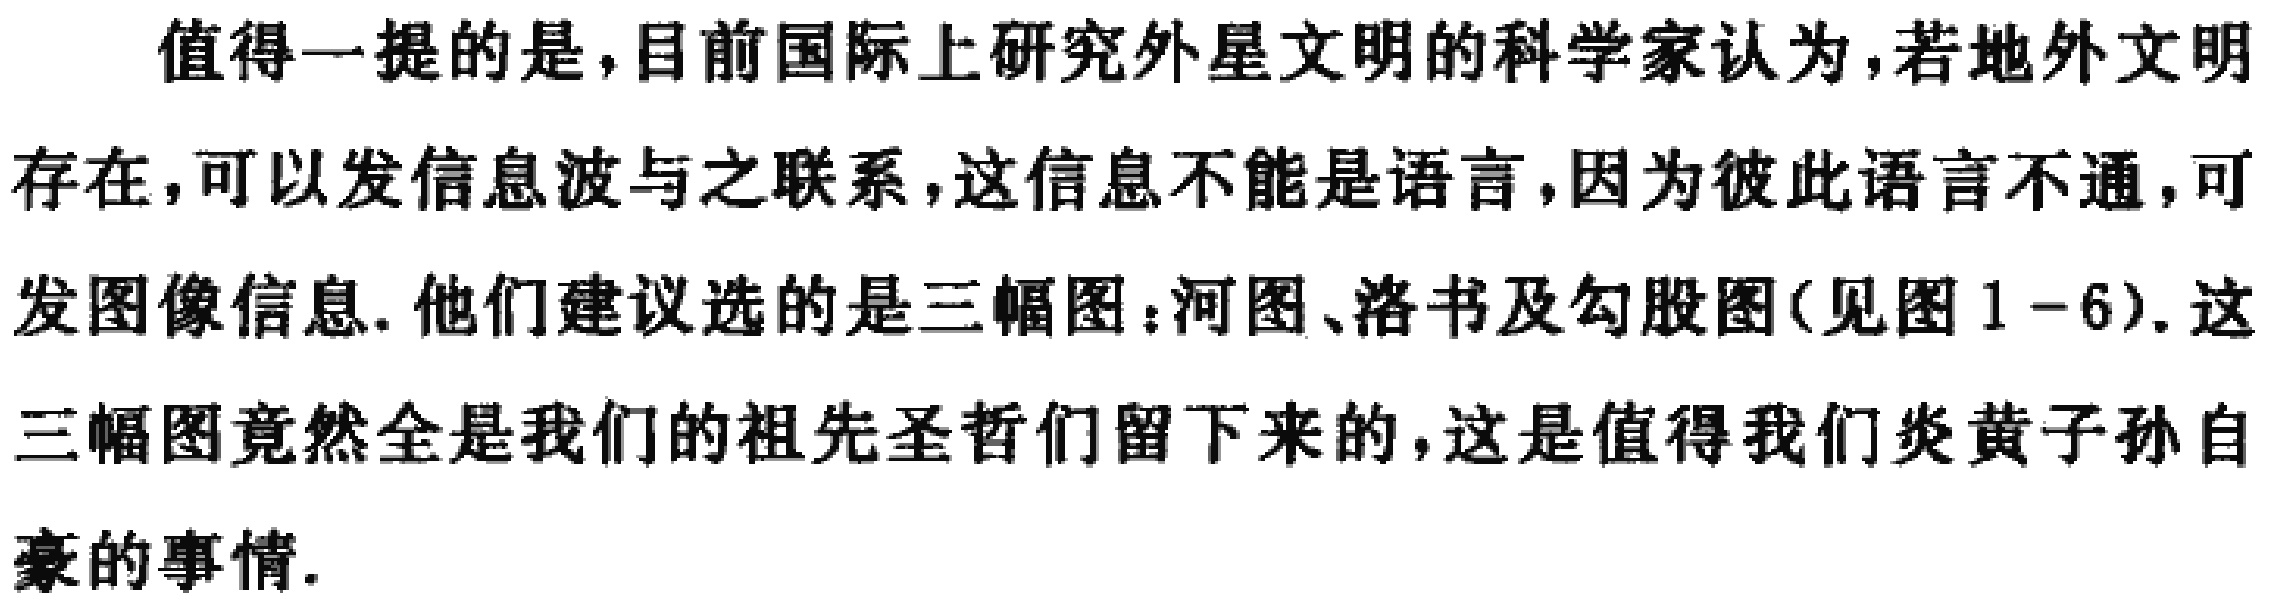
值得一提的是，目前国际上研究外星文明的科学家认为，若地外文明
存在，可以发信息波与之联系，这信息不能是语言，因为彼此语言不通，可
发图像信息. 他们建议选的是三幅图：河图、洛书及勾股图(见图1 - 6). 这
三幅图竟然全是我们的祖先圣哲们留下来的，这是值得我们炎黄子孙自
豪的事情.